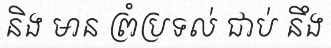
និង មាន ព្រំប្រទល់ ជាប់ នឹង